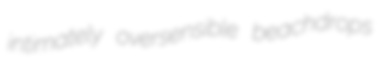
intimately oversensible beachdrops